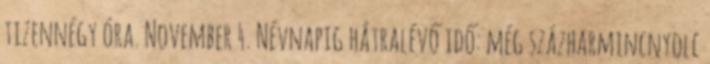
tizennégy óra. November 4. Névnapig hátralévő idő: még százharmincnyolc